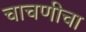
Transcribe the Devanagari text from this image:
चाचणीचा